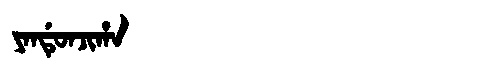
Manchu: ᠶᠠᠨᡩᡠᠨᠵᡳᡥᠠ
Romanization: YANDUNJIHA